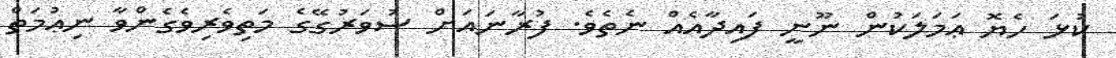
ކުޅަ ހެޔޮ ޢަމަލަކުން ނޫނީ ފައިދާއެއް ނެތެވެ. ފުރާނައަށް ސުވަރުގޭގެ މަތިވެރިވެގެންވާ ނިޢުމަތް